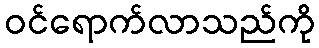
ဝင်ရောက်လာသည်ကို